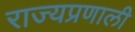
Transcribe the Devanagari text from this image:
राज्यप्रणाली